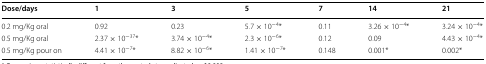
<table><thead><tr><td><b>Dose/days</b></td><td><b>1</b></td><td><b>3</b></td><td><b>5</b></td><td><b>7</b></td><td><b>14</b></td><td><b>21</b></td></tr></thead><tbody><tr><td>0.2 mg/Kg oral</td><td>0.92</td><td>0.23</td><td>5.7 × 10<sup>−4</sup>*</td><td>0.11</td><td>3.26 × 10<sup>−4</sup>*</td><td>3.24 × 10<sup>−4</sup>*</td></tr><tr><td>0.5 mg/Kg oral</td><td>2.37 × 10<sup>−37</sup>*</td><td>3.74 × 10<sup>−4</sup>*</td><td>2.3 × 10<sup>−6</sup>*</td><td>0.12</td><td>0.09</td><td>4.43 × 10<sup>−4</sup>*</td></tr><tr><td>0.5 mg/Kg pour on</td><td>4.41 × 10<sup>−7</sup>*</td><td>8.82 × 10<sup>−6</sup>*</td><td>1.41 × 10<sup>−7</sup>*</td><td>0.148</td><td>0.001*</td><td>0.002*</td></tr></tbody></table>